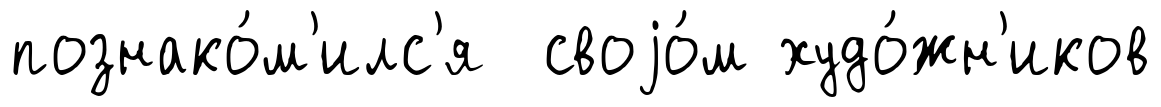
познако́м'илс'я своjо́м худо́жн'иков